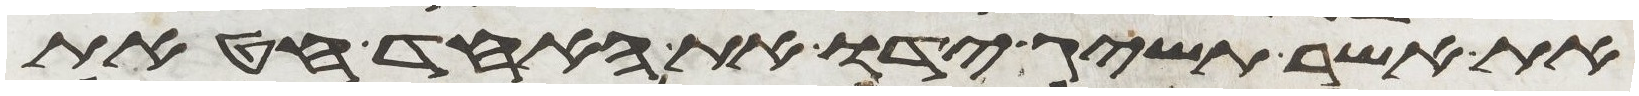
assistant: את אשר תשיג ידו את האחד חטאת